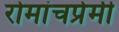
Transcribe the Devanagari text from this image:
रोमांचप्रेमी